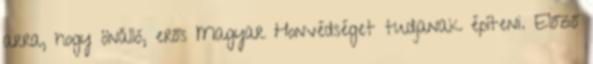
arra, hogy önálló, erős Magyar Honvédséget tudjanak építeni. Előző